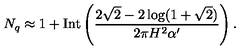
N _ { q } \approx 1 + \mathrm { I n t } \left( \frac { 2 \sqrt { 2 } - 2 \log ( 1 + \sqrt { 2 } ) } { 2 \pi H ^ { 2 } \alpha ^ { \prime } } \right) .